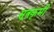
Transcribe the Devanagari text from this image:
सूत्रकृमी